Document type: Emphyteutic lease
Year: 1274
Scribe: Pere Marquès
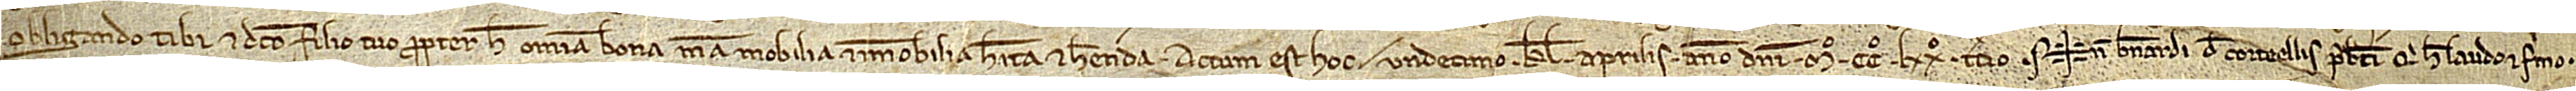
obligando tibi et dicto filio tuo propter hec omnia bona mea, mobilia et immobilia, habita et habenda. Actum est hoc undecimo kalendas aprilis, anno Domini Mº CCº LXXº tercio. Sig+num Bernardi de Corteellis predicti, qui hec laudo et firmo.